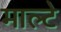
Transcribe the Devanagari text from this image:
माल्टे